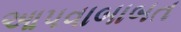
આપવાબાબત